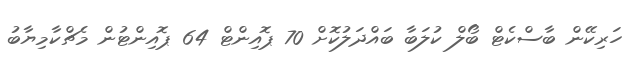
ހަރިކޭން ބާސްކެޓް ބޯލް ކުލަބާ ބައްދަލުކޮށް 70 ޕޮއިންޓް 64 ޕޮއިންޓުން މެޗްކާމިޔާބު